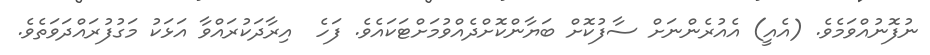
ނުފޮނުއްވަމެވެ. (އެއީ) އެއުރެންނަށް ސާފުކޮށް ބަޔާންކޮށްދެއްވުމަށްޓަކައެވެ. ފަހެ  އިރާދަކުރައްވާ އަޅަކު މަގުފުރައްދަވަތެވެ.